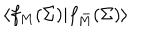
\langle f _ { M } ( \Sigma ) | f _ { \bar { M } } ( \Sigma ) \rangle